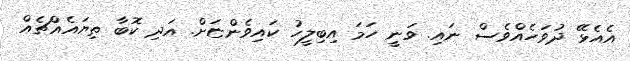
އެއެޅޭ ދުވަހެއްވެސް ނައި. ވަނީ ހަމަ އިބިލީހު ކައިވެންޏަށް. އަދި ކޮބާ ތިޔައެއްޗެއް